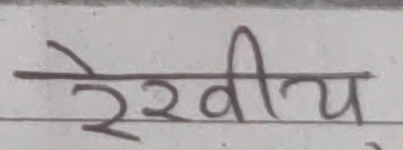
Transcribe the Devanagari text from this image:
रेखीय